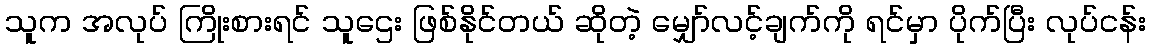
သူက အလုပ် ကြိုးစားရင် သူဌေး ဖြစ်နိုင်တယ် ဆိုတဲ့ မျှော်လင့်ချက်ကို ရင်မှာ ပိုက်ပြီး လုပ်ငန်း